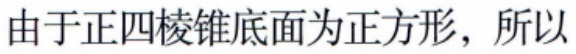
由于正四棱锥底面为正方形，所以